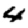
Digit: 4